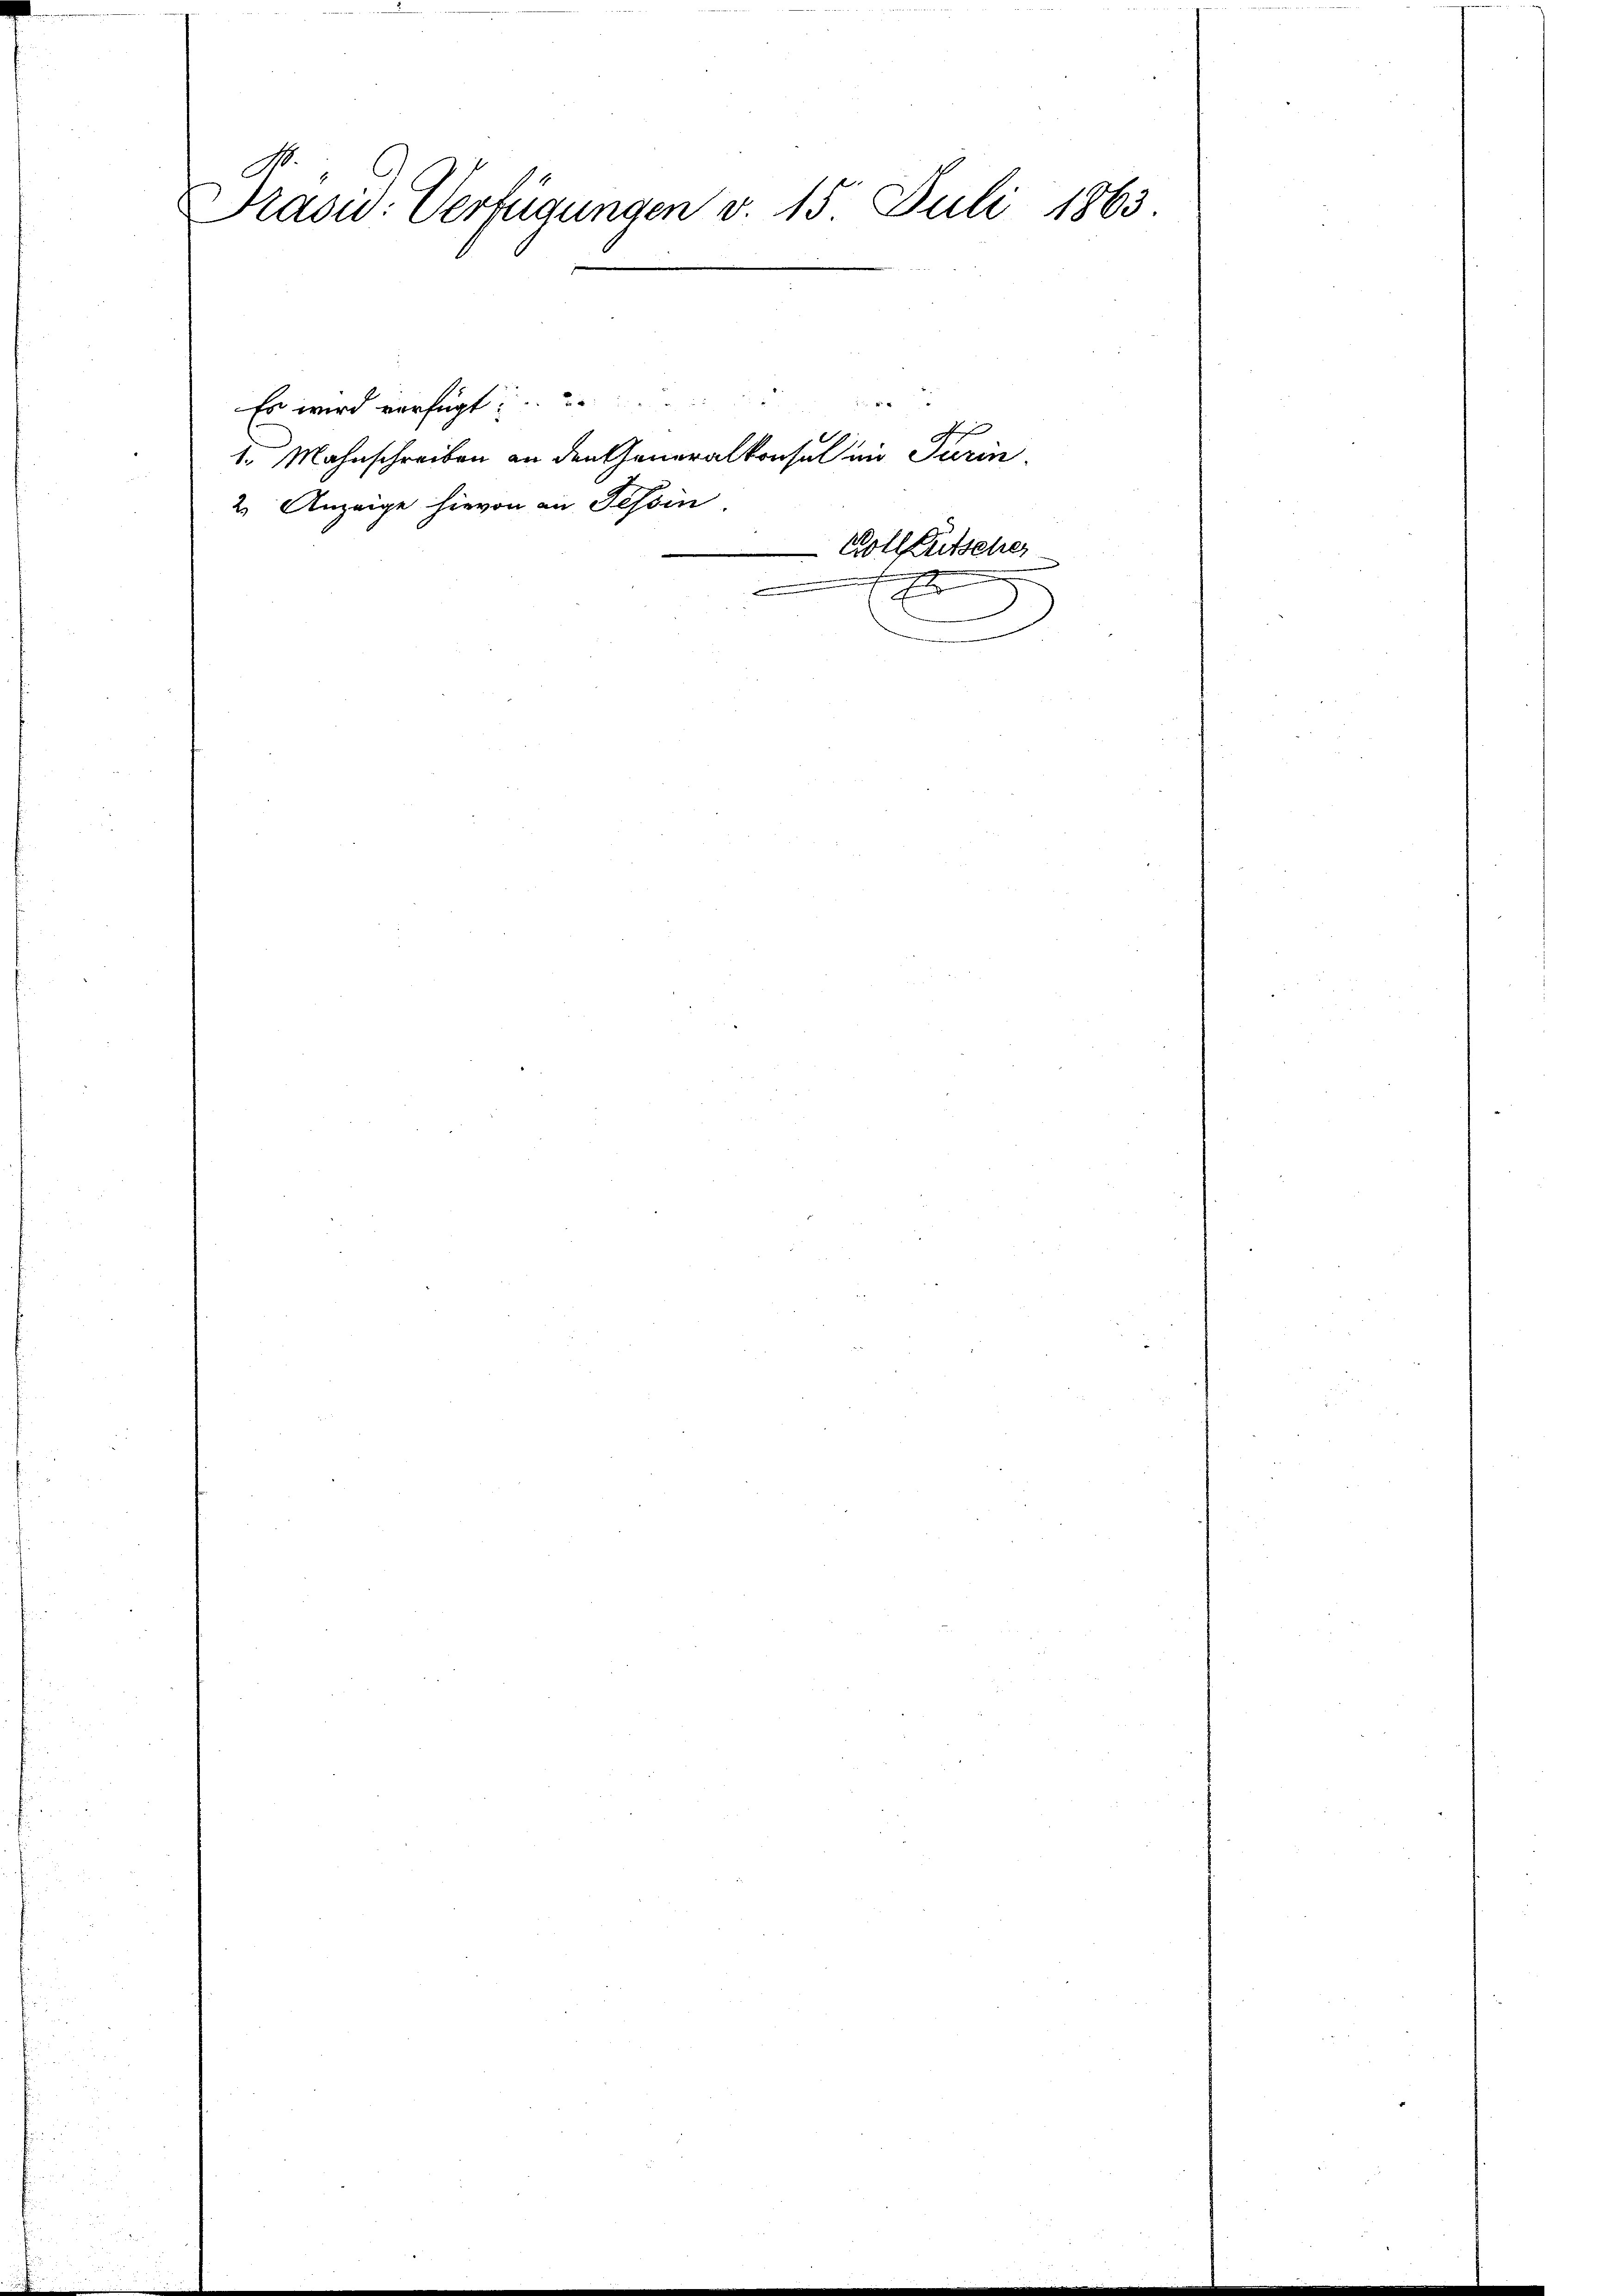
C
Präsid. Verfügungen v. 15. Juli 1863.

Es wird verfügt
1. Mahnschreiben an den Generalkonsul in Turin
2. Anzeige hievon an Tessin

e
e
e
Goll Entscher
E